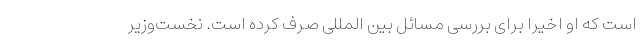
است که او اخیرا برای بررسی مسائل بین المللی صرف کرده است. نخست‌وزیر